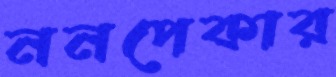
ননপেকার